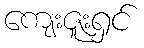
ကျေးဇူးရှင်